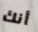
أنك